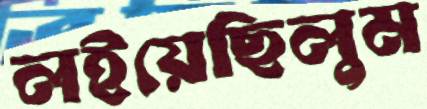
লইয়েছিলুম